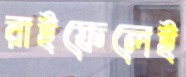
রাইফেলেই